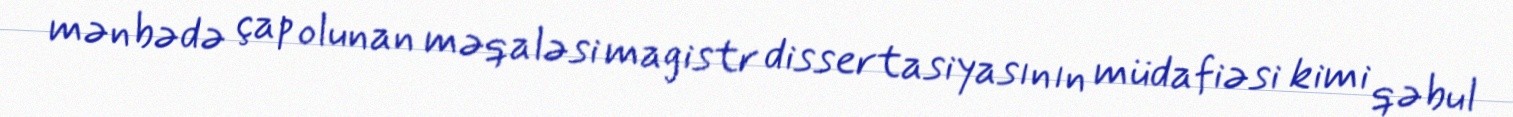
mənbədə çap olunan məqaləsi magistr dissertasiyasının müdafiəsi kimi qəbul